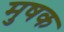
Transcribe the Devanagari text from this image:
मुषक